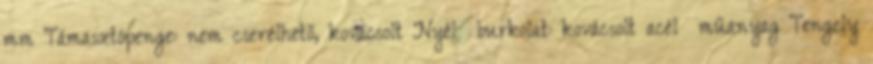
mm Támasztópenge: nem cserélhető, kovácsolt Nyél burkolat: kovácsolt acél műanyag Tengely